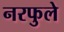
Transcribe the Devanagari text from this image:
नरफुले